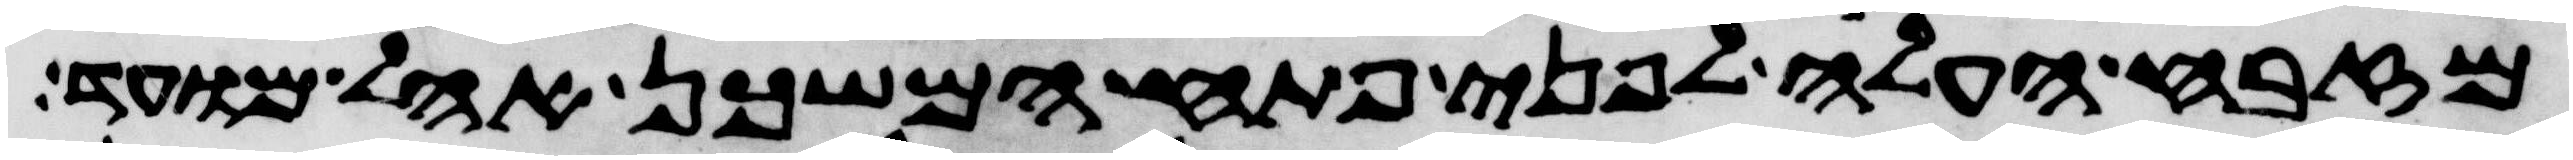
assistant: מזבח העלה לפני פתח המשכן אהל מועד